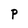
Character: P